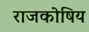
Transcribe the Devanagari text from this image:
राजकोषिय